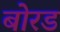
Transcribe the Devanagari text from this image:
बोरड